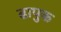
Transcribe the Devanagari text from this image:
ढापुक